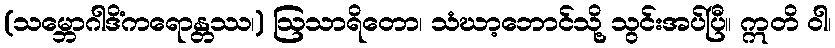
(သမ္ဘောဂါဒိံကရောန္တဿ၊) ဩသာရိတော၊ သံဃာ့ဘောင်သို့ သွင်းအပ်ပြီ။ ဣတိ ဝါ၊